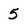
Character: 5